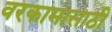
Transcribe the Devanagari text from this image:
वरकामासाठी